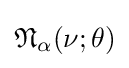
{\mathfrak {N}}_{\alpha }(\nu ;\theta )